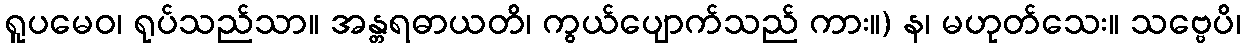
ရူပမေဝ၊ ရုပ်သည်သာ။ အန္တရဓာယတိ၊ ကွယ်ပျောက်သည် ကား။) န၊ မဟုတ်သေး။ သဗ္ဗေပိ၊